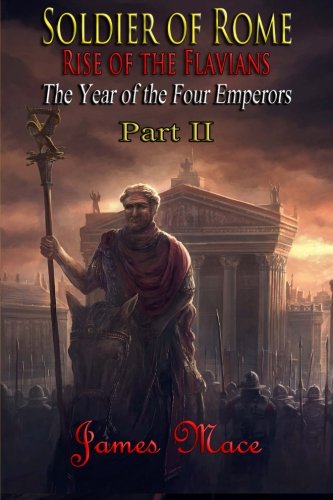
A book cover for Soldier of Rome: Rise of the Flavians: The Year of the Four Emperors - Part II (Volume 2); James Mace; History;